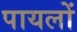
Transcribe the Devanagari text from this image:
पायलों